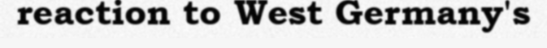
reaction to West Germany's